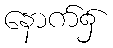
နောက်၌